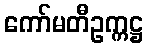
ကော်မတီဥက္ကဋ္ဌ